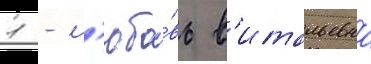
1 - л'юбо́вь в'итальевна